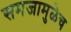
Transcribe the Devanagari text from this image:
समजामुळेच